Punjab Mental Hospital Lahore 1932-46 - 1932-1946
Year: 1932
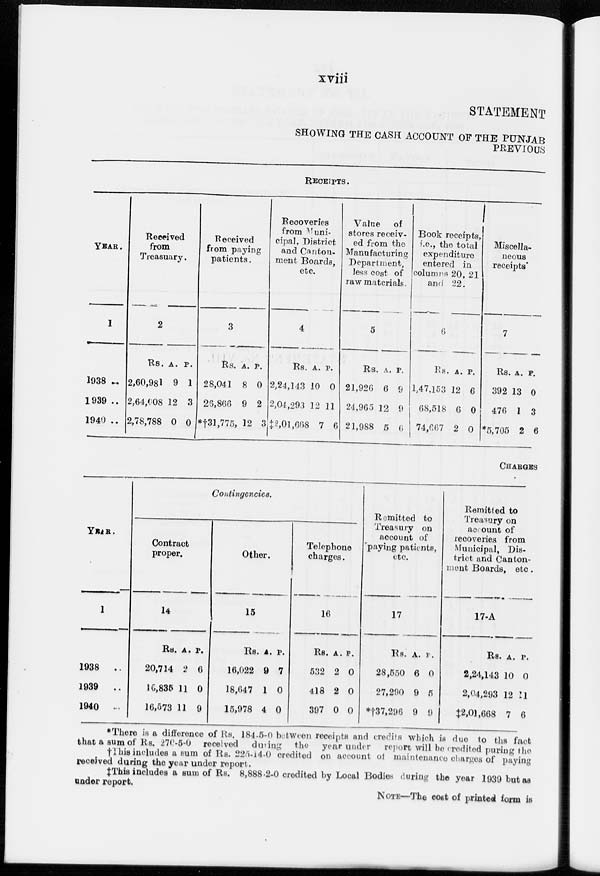
xviii
STATEMENT
SHOWING THE CASH ACCOUNT OF THE PUNJAB
PREVIOUS
RECEIPTS.
YEAR.
1
1938 ..
1939 ..
1940 ..
Received
from
Treasuary.
2
Rs.
2,60,981
2,64,008
2,78,788
A.
9
12
0
P.
1
3
0
Received
from paying
patients.
3
Rs.
28,041
26,866
*†31,775,
A.
8
9
12
P.
0
2
3
Recoveries
from Muni-
cipal, District
and Canton-
ment Boards,
etc.
4
Rs.
2,24,143
2,04,293
‡ 2,01,668
A.
10
12
7
P.
0
11
6
Value of
stores receiv-
ed from the
Manufacturing
Department,
less cost of
raw materials.
5
Rs.
21,926
24,965
21,988
A.
6
12
5
P.
9
9
6
Book receipts,
i.e., the total
expenditure
entered in
columns 20, 21
and 22.
6
Rs.
1,47,153
68,518
74,667
A.
12
6
2
P.
6
0
0
Miscella-
neous
receipts
7
Rs.
392
476
*5,705
A.
13
1
2
P.
0
3
6
CHARGES
YEAR.
1
1938
..
1939
..
1940 ..
Contingencies.
Contract
proper.
14
Rs.
20,714
10,835
16,573
A.
2
11
11
P.
6
0
9
Other.
15
Rs.
16,022
18,647
15,978
A.
9
1
4
P.
7
0
0
Telephone
charges.
16
Rs.
532
418
397
A.
2
2
0
P.
0
0
0
Remitted to
Treasury on
account of
Paying patients,
etc.
17
Rs.
28,550
27,290
*†37,296
A.
6
9
9
P.
0
5
9
Remitted to
Treasury on
account of
recoveries from
Municipal, Dis-
trict and Canton-
ment Boards, etc.
17-A
Rs.
2,24,143
2,04,293
‡2,01,668
A.
10
12
7
P.
0
11
6
*There is a difference of Rs. 184-5-0 between receipts and credits which is due to the fact
that a sum of Rs. 276-5-0 received
during
the
year under
report will be credited puring the
†This includes a sum of Rs. 225-14-0 credited on account of maintenance charges of paying
received during the year under report.
‡This includes a sum of Rs. 8,888-2-0 credited by Local Bodies during the year 1939 but as
under report.
NOTE—The cost of printed form is